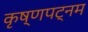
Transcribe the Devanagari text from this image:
कृष्णपट्नम